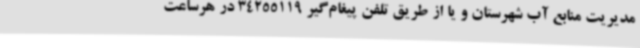
مدیریت منابع آب شهرستان و یا از طریق تلفن پیغام‌گیر 34255119 در هرساعت